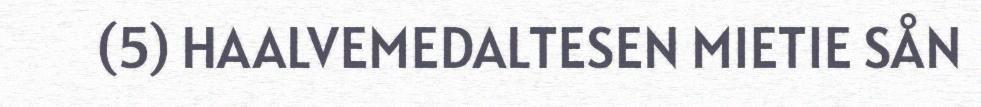
(5) HAALVEMEDALTESEN MIETIE SÅN